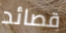
قصائد